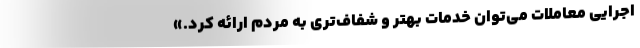
اجرایی معاملات می‌توان خدمات بهتر و شفاف‌تری به مردم ارائه کرد.»